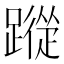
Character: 𮜕